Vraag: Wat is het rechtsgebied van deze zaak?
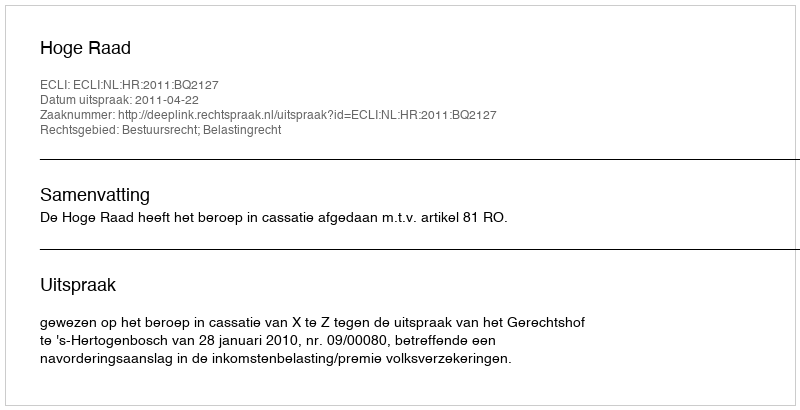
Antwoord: Bestuursrecht; Belastingrecht